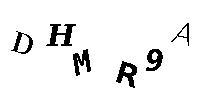
DHMR9A